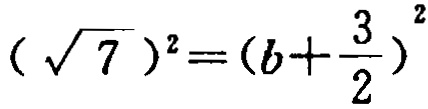
$(\sqrt{7})^2=(b + \frac{3}{2})^2$